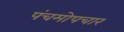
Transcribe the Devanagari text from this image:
पंचमोपचार